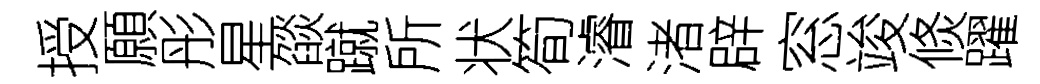
授願彤星燄蹴所状筍濬渚辟窓竣倐躍